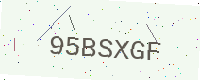
Text: 95BSXGF